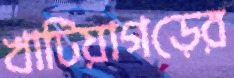
খাটিয়াগড়ের